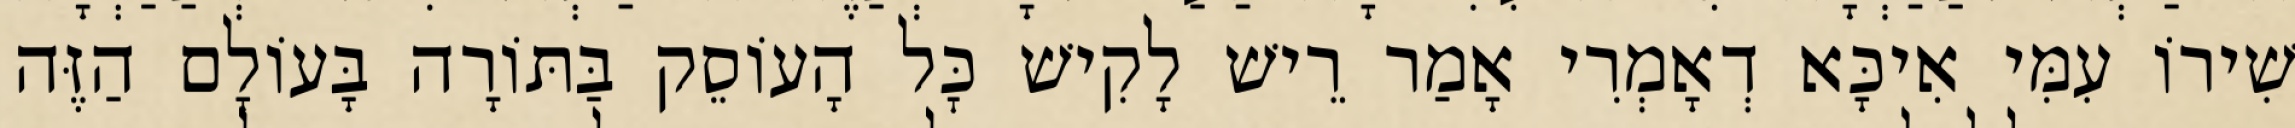
שִׁירוֹ עִמִּי אִיכָּא דְאָמְרִי אָמַר רֵישׁ לָקִישׁ כׇּל הָעוֹסֵק בַּתּוֹרָה בָּעוֹלָם הַזֶּה